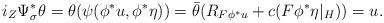
LaTeX: \begin{gather*} i_Z\Psi^*_\sigma\theta=\theta(\psi(\phi^*u,\phi^*\eta))=\bar\theta(R_{F\phi^*u}+c(F\phi^*\eta|_H))=u.\end{gather*}